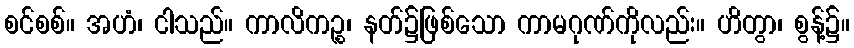
စင်စစ်။ အဟံ၊ ငါသည်။ ကာလိကဉ္စ၊ နတ်၌ဖြစ်သော ကာမဂုဏ်ကိုလည်း။ ဟိတွာ၊ စွန့်၌။